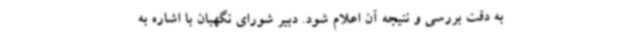
به دقت بررسی و نتیجه آن اعلام شود. دبیر شورای نگهبان با اشاره به